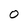
Character: O